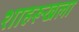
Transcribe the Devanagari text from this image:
शाहरूखला